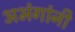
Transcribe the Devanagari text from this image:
अभंगांनी